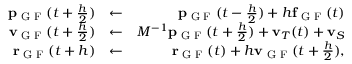
\begin{array} { r l r } { { \bf p } _ { \textrm { G F } } ( t + \frac { h } { 2 } ) } & { \leftarrow } & { { \bf p } _ { \textrm { G F } } ( t - \frac { h } { 2 } ) + h { \bf f } _ { \textrm { G F } } ( t ) } \\ { { \bf v } _ { \textrm { G F } } ( t + \frac { h } { 2 } ) } & { \leftarrow } & { M ^ { - 1 } { \bf p } _ { \textrm { G F } } ( t + \frac { h } { 2 } ) + { \bf v } _ { T } ( t ) + { \bf v } _ { S } } \\ { { \bf r } _ { \textrm { G F } } ( t + h ) } & { \leftarrow } & { { \bf r } _ { \textrm { G F } } ( t ) + h { \bf v } _ { \textrm { G F } } ( t + \frac { h } { 2 } ) , } \end{array}